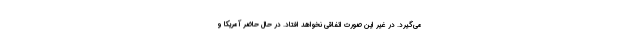
می‌گیرد. در غیر این صورت اتفاقی نخواهد افتاد. در حال حاضر آمریکا و